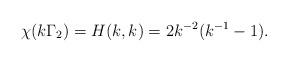
LaTeX: \begin{align*} \chi(k\Gamma_{2}) = H(k,k) = 2k^{-2}(k^{-1}-1). \end{align*}